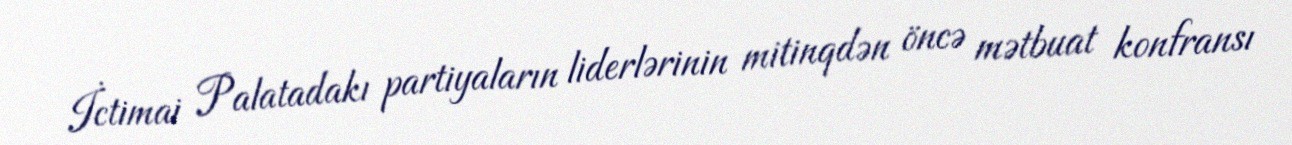
İctimai Palatadakı partiyaların liderlərinin mitinqdən öncə mətbuat konfransı